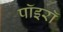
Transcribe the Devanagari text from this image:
पॉइरॉ